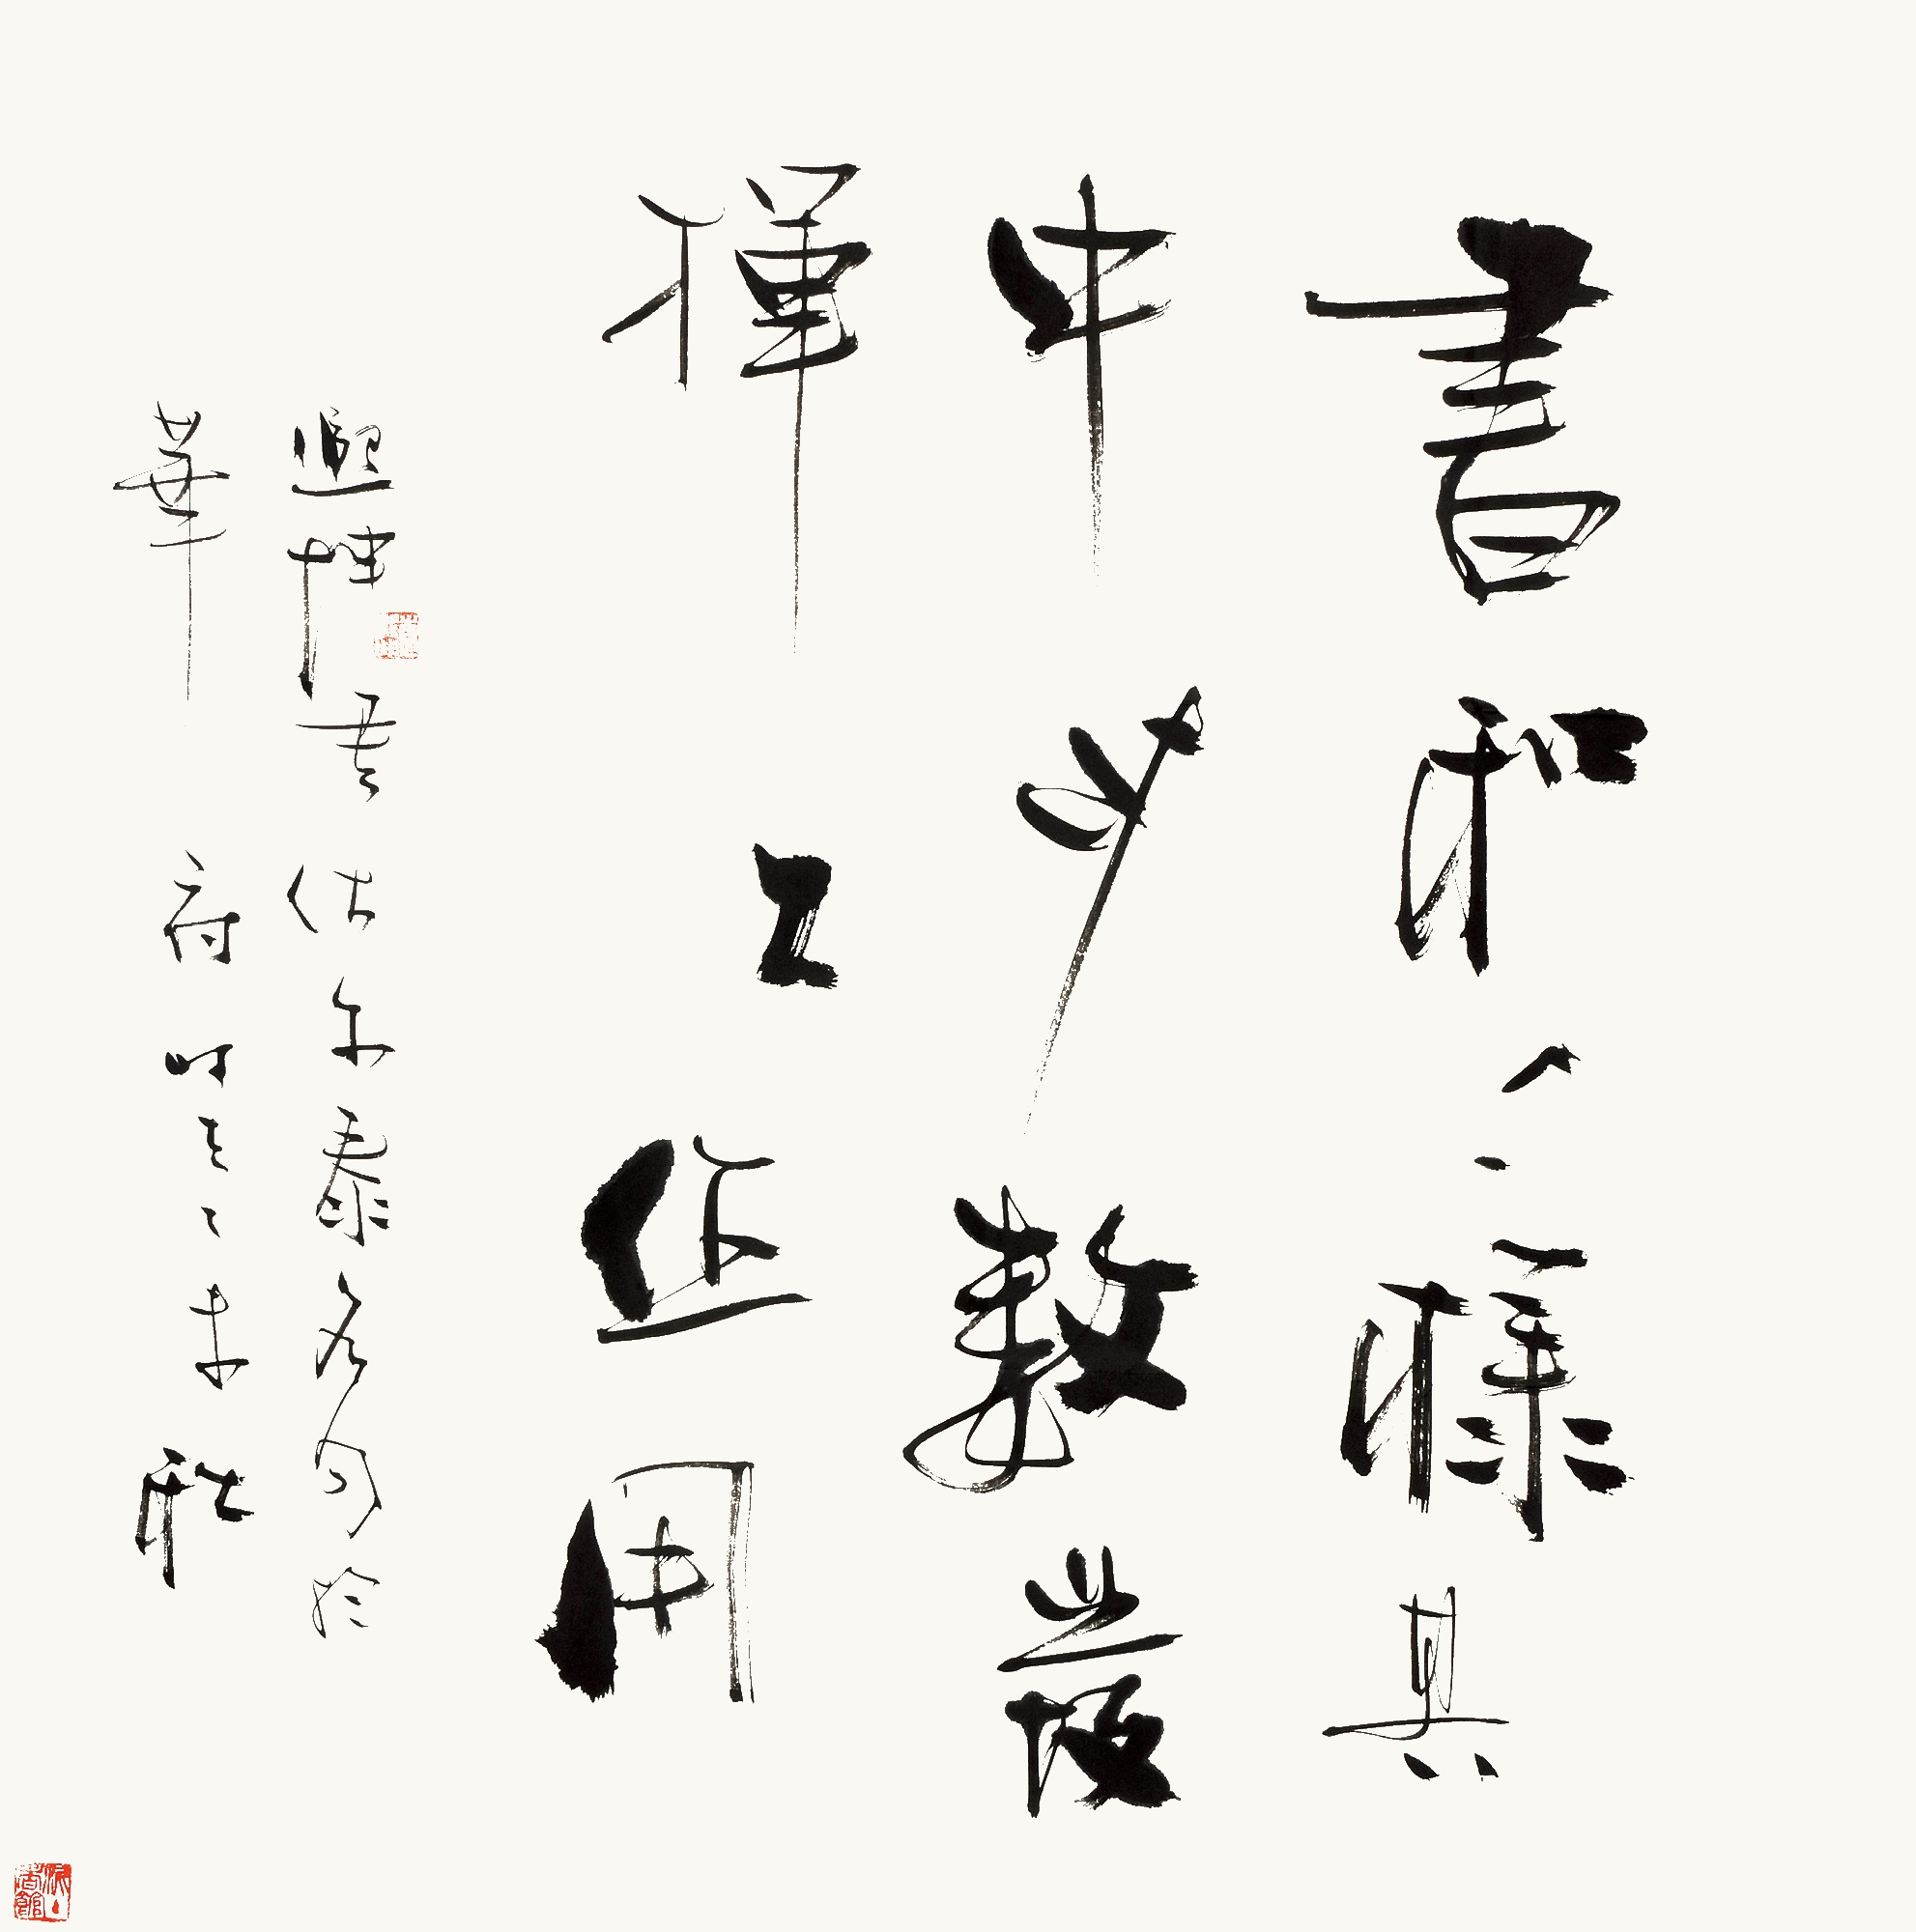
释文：书和人一样，其中少数发挥大作用。熙坤书伏尔泰名句于华府。时在乙未秋。